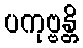
ပကုဗ္ဗန္တိ